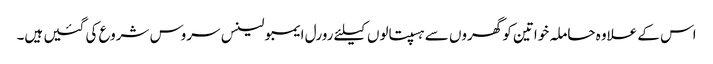
اس کے علاوہ حاملہ خواتین کو گھروں سے ہسپتالوں کیلئے رورل ایمبولینس سروس شروع کی گئیں ہیں۔